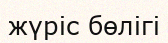
жүрiс бөлiгi